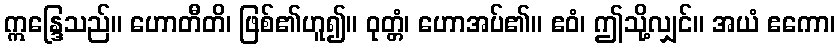
ဣန္ဒြေသည်။ ဟောတီတိ၊ ဖြစ်၏ဟူ၍။ ဝုတ္တံ၊ ဟောအပ်၏။ ဧဝံ၊ ဤသို့လျှင်။ အယံ ဧကော၊